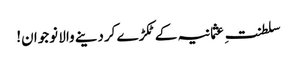
سلطنتِ عثمانیہ کے ٹکڑے کردینے والا نوجوان!